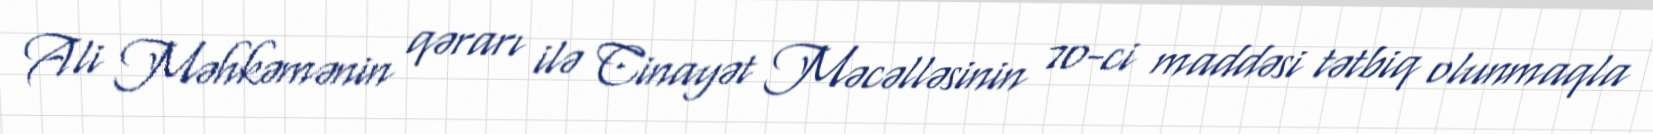
Ali Məhkəmənin qərarı ilə Cinayət Məcəlləsinin 70-ci maddəsi tətbiq olunmaqla